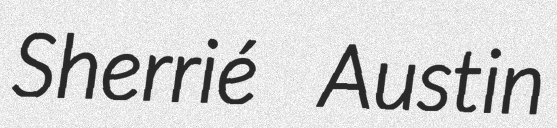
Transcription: Sherrié Austin